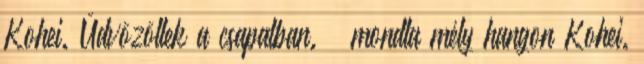
Kohei. Üdvözöllek a csapatban. – mondta mély hangon Kohei.